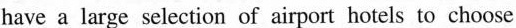
have a large selection of airport hotels to choose